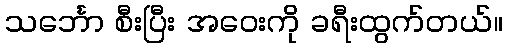
သင်္ဘော စီးပြီး အဝေးကို ခရီးထွက်တယ်။